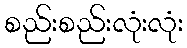
စည်းစည်းလုံးလုံး